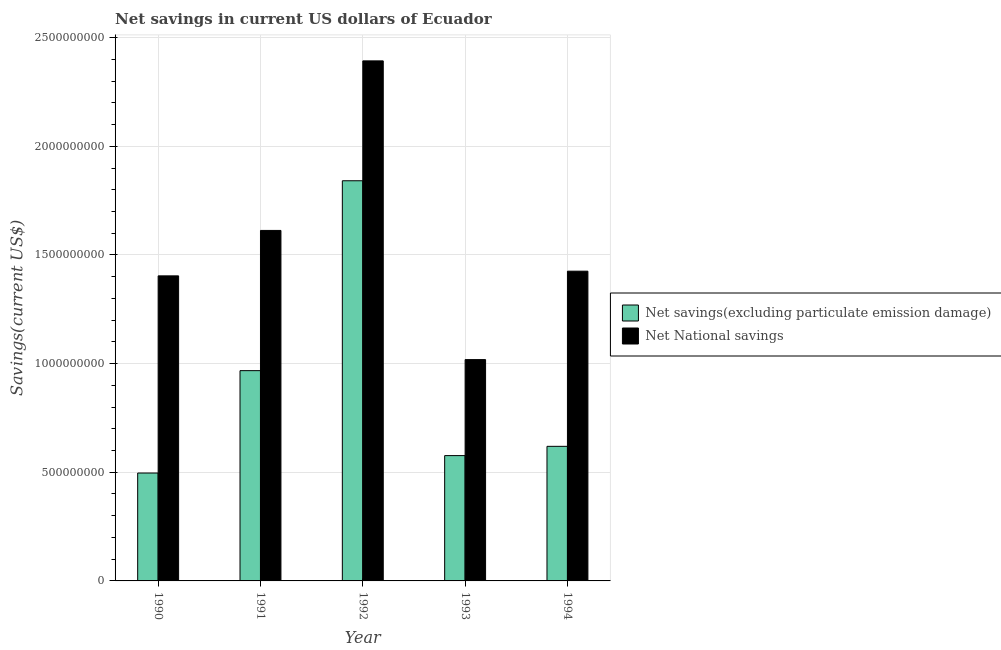
| Year | Net savings(excluding particulate emission damage) | Net National savings |
 | --- | --- | --- |
 | 1990 | 4.97e+08 | 1.4e+09 |
 | 1991 | 9.68e+08 | 1.61e+09 |
 | 1992 | 1.84e+09 | 2.39e+09 |
 | 1993 | 5.77e+08 | 1.02e+09 |
 | 1994 | 6.19e+08 | 1.43e+09 |